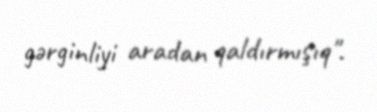
gərginliyi aradan qaldırmışıq".